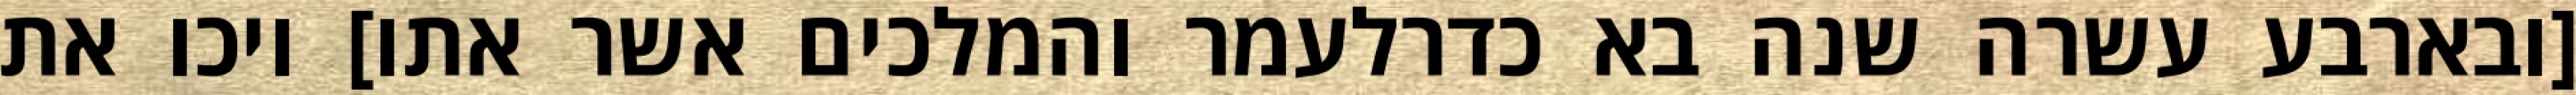
[ובארבע עשרה שנה בא כדרלעמר והמלכים אשר אתו] ויכו את